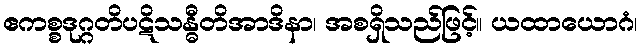
ဧကစ္စဒုဂ္ဂတိပဋိသန္ဓီတိအာဒိနာ၊ အစရှိသည်ဖြင့်။ ယထာယောဂံ၊